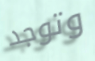
وتوجد